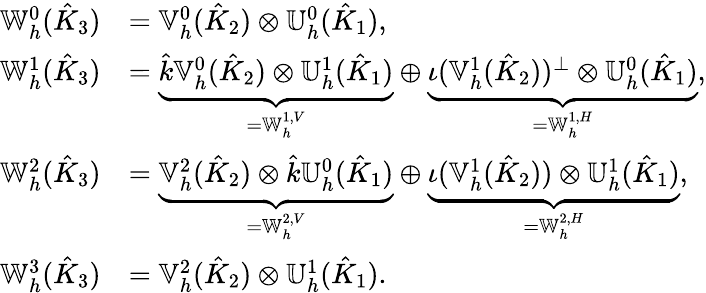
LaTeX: \begin{array}{rl}{\mathbb{W}_{h}^{0}(\hat{K}_{3})}&{=\mathbb{V}_{h}^{0}(\hat{K}_{2})\otimes\mathbb{U}_{h}^{0}(\hat{K}_{1}),}\\ {\mathbb{W}_{h}^{1}(\hat{K}_{3})}&{=\underbrace{\hat{k}\mathbb{V}_{h}^{0}(\hat{K}_{2})\otimes\mathbb{U}_{h}^{1}(\hat{K}_{1})}_{=\mathbb{W}_{h}^{1,V}}\oplus\underbrace{\iota(\mathbb{V}_{h}^{1}(\hat{K}_{2}))^{\perp}\otimes\mathbb{U}_{h}^{0}(\hat{K}_{1})}_{=\mathbb{W}_{h}^{1,H}},}\\ {\mathbb{W}_{h}^{2}(\hat{K}_{3})}&{=\underbrace{\mathbb{V}_{h}^{2}(\hat{K}_{2})\otimes\hat{k}\mathbb{U}_{h}^{0}(\hat{K}_{1})}_{=\mathbb{W}_{h}^{2,V}}\oplus\underbrace{\iota(\mathbb{V}_{h}^{1}(\hat{K}_{2}))\otimes\mathbb{U}_{h}^{1}(\hat{K}_{1})}_{=\mathbb{W}_{h}^{2,H}},}\\ {\mathbb{W}_{h}^{3}(\hat{K}_{3})}&{=\mathbb{V}_{h}^{2}(\hat{K}_{2})\otimes\mathbb{U}_{h}^{1}(\hat{K}_{1}).}\end{array}